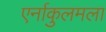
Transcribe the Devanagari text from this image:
एर्नाकुलमला